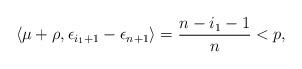
LaTeX: \begin{align*}\langle \mu + \rho, \epsilon_{i_1+1}-\epsilon_{n+1} \rangle = \frac{n-i_1-1}{n} < p,\end{align*}